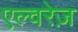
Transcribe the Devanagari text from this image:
एल्वरेज़